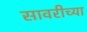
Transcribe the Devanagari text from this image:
सावरीच्या